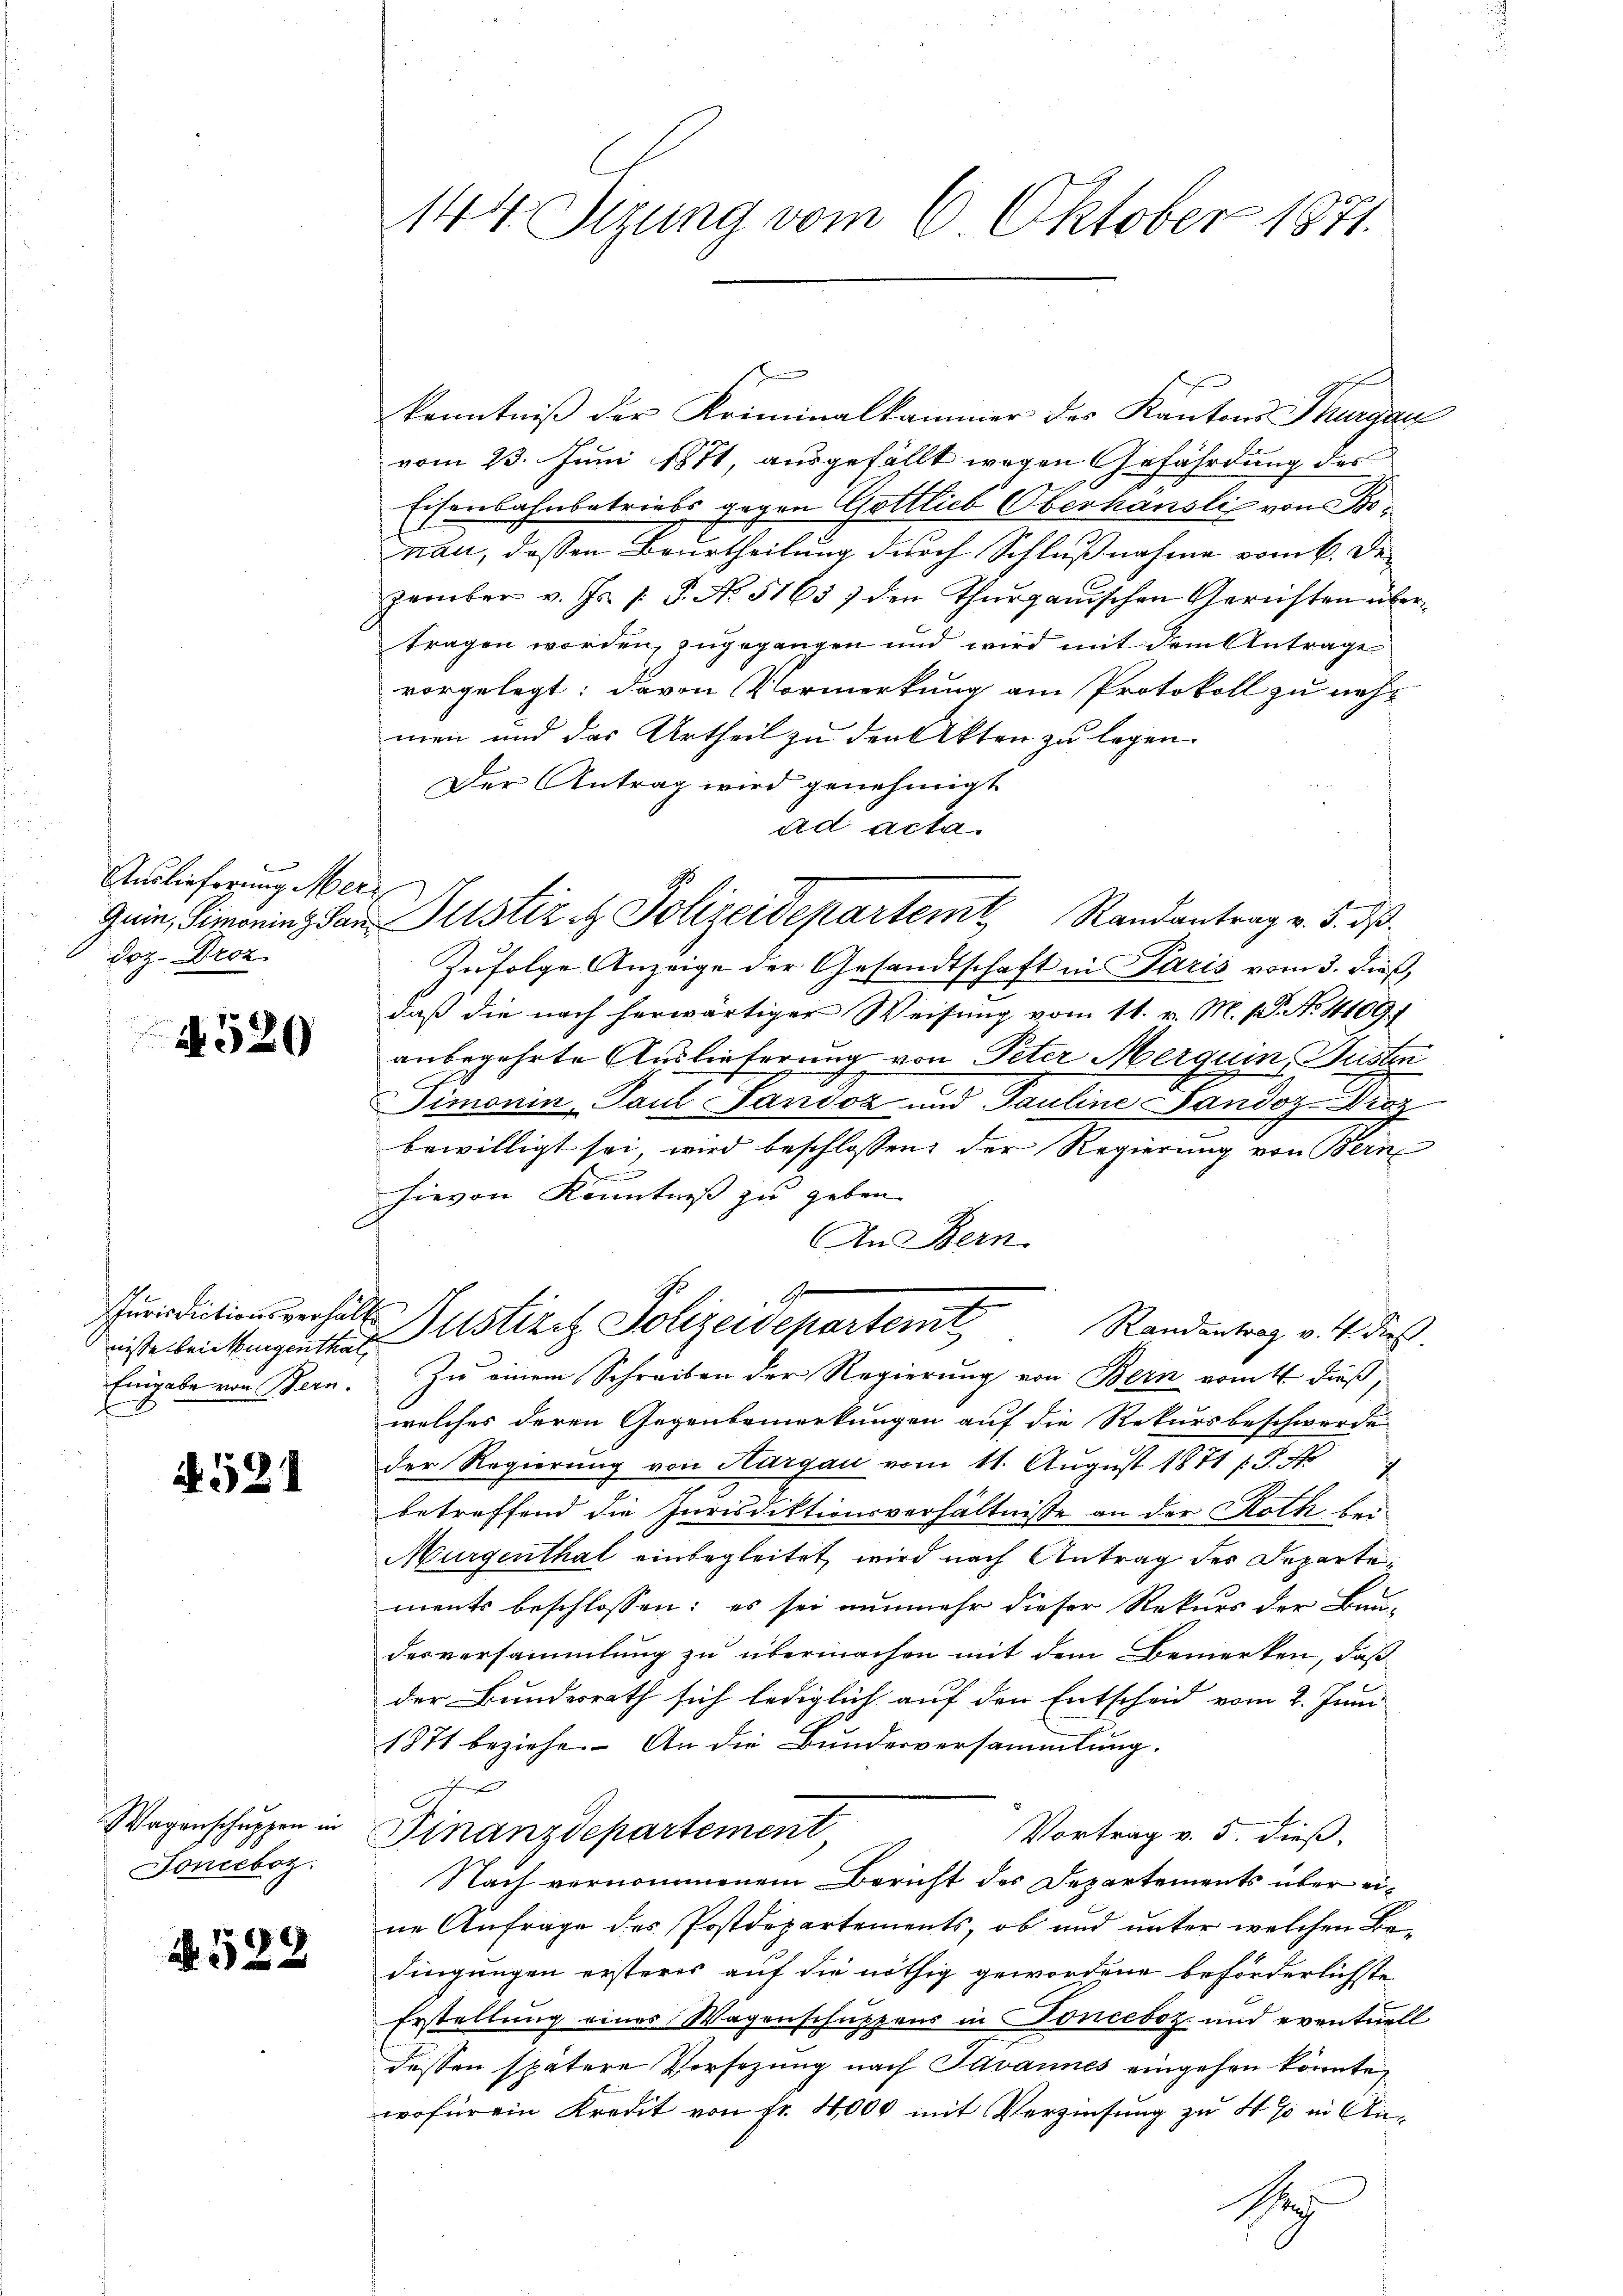
2
Auslieferung Merz,
doz. Droz.

4520

Jurisdictionsverhält
nisse bei Nirgenthal,

4521

Wagenschuppen in
Jonceboz.

A. 529

kenntniß der Kriminalkammer des Kantons Thurgau
vom 23. Juni 1871, ausgefällt wegen Gefährdung der
Eisenbahnbetriebs gegen Gottlieb Oberhändli von Proman, dessen Beurtheilung durch Schlußnahme vom 6. Dezember v. Js. /: P. No. 5165) den Thurganischen Gerichten übertragen worden, zugegangen und wird mit dem Antrage
vorgelegt: davon Vormerkung am Protokoll zu nehmen und das Urtheil zu den Akten zu legen.
Der Antrag wird genehmigt
ad acta.
Zufolge Anzeige der Gesandtschaft in Paris vom 3. dieß,
daß die nach herwärtiger Weisung vom 11. v. M. (T. No 111091
anbegehrte Auslieferung von Peter Merquin, Husten
Simonin Paul Landon und Pauline Landoz Diez
bewilligt sei, wird beschlossen, der Regierung von Bern
e
hievon Kenntniß zu geben.
An Bern.
Gr
Justizit Polizeidepartemt
Randantrag v. 4. dies
Eingabe von Bern. Zu einem Schreiben der Regierung von Bern vom 4. dieß,
welches deren Gegenbemerkungen auf die Rekursbeschwerde
der Regierung von Hargau vom 11. August 1871 (S. Nr
betreffend die Jurisdiktionsverhältnisse an der Roth bei
Murgenthal einbegleitet, wird nach Antrag des Departements beschlossen: es sei nunmehr dieser Rekurs der Bau-
desversammlung zu übermachen mit dem Bemerken, daß
der Bundesrath sich lediglich auf den Entscheid vom 2. Juni
1871 beziehe. An die Bundesversammlung.
echte
Finanzdepartement
Vortrag v. 5. dieß,
Nach vernommenem Bericht des Departements über eine Anfrage des Postdepartements, ob und unter welchen Bedingungen ersteres auf die nöthig gewordene beförderlichste
Erstellung eines Wagenschuppens in Fonceboz und eventuell
dessen spätere Versezung nach Javannes eingehen könnte,
wofür ein Kredit von Fr. 4000 mit Verzinsung zu 4 % in An¬
Seh

144. Sizung vom 6. Oktober 1871.

Gein, Simoning der Justiz & Polizeidepartem Randantrag v. 5. ds